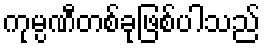
ကုမ္ပဏီတစ်ခုဖြစ်ပါသည်